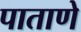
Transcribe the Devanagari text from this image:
पाताणे